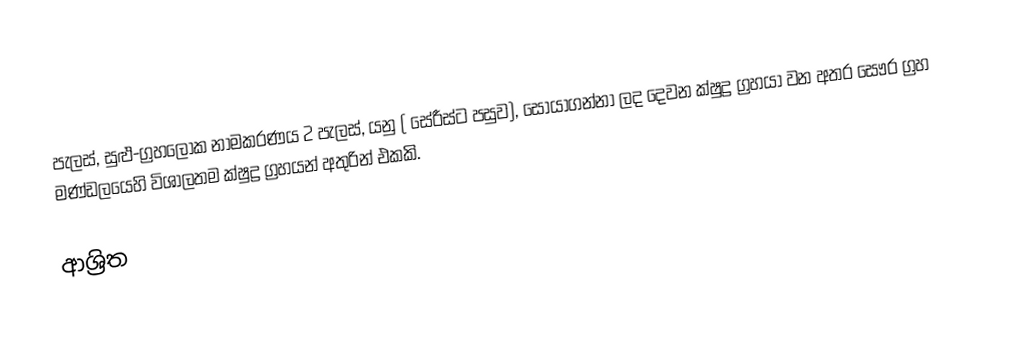
පැලස්, සුළු-ග්‍රහලෝක නාමකරණය 2 පැලස්, යනු  ( සේරීස්ට පසුව), සොයාගන්නා ලද දෙවන ක්ෂුද්‍ර ග්‍රහයා වන අතර සෞර ග්‍රහ මණ්ඩලයෙහි විශාලතම ක්ෂුද්‍ර ග්‍රහයන් අතුරින් එකකි.

ආශ්‍රිත